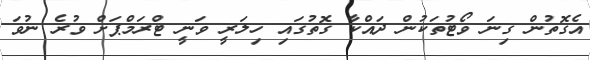
އެގޮތުން ގިނަ ވޯޓުތަކުން ދައްކާ ގޮތުގައި ހިލަރީ ވަނީ ޓްރަމްޕަށް ވުރެ ނުވަ